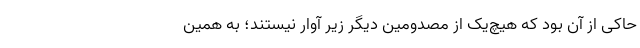
حاکی از آن بود که هیچ‌یک از مصدومین دیگر زیر‌ آوار نیستند؛ به همین